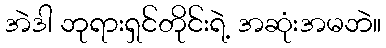
အဲဒါ ဘုရားရှင်တိုင်းရဲ့ အဆုံးအမဘဲ။